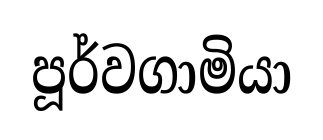
පූර්වගාමියා